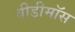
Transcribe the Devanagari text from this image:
वीडीमॉस